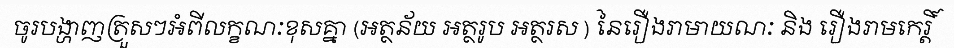
ចូរបង្ហាញត្រួសៗអំពីលក្ខណៈខុសគ្នា (អត្ថន័យ អត្ថរូប អត្ថរស ) នៃរឿងរាមាយណៈ និង រឿងរាមកេរ្តិ៍